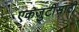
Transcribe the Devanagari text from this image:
एकजुटीसाठी